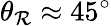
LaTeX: \theta_{\mathcal{R}}\approx45^{\circ}